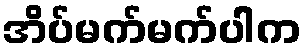
အိပ်မက်မက်ပါက